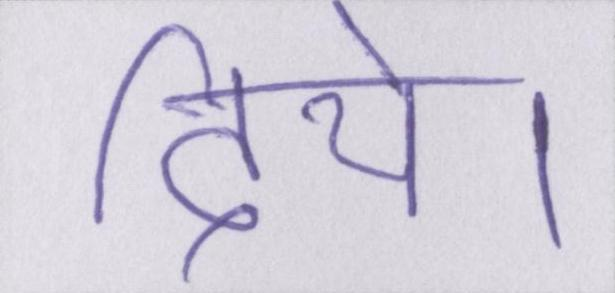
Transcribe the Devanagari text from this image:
दिये।